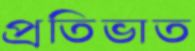
প্রতিভাত